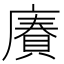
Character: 𢊷